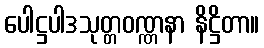
ပေါဋ္ဌပါဒသုတ္တဝဏ္ဏနာ နိဋ္ဌိတာ။